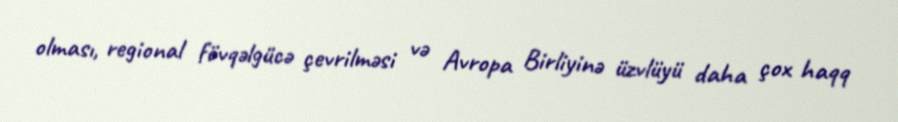
olması, regional fövqəlgücə çevrilməsi və Avropa Birliyinə üzvlüyü daha çox haqq